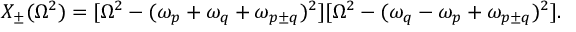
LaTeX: X _ { \pm } ( \Omega ^ { 2 } ) = [ \Omega ^ { 2 } - ( \omega _ { p } + \omega _ { q } + \omega _ { p \pm q } ) ^ { 2 } ] [ \Omega ^ { 2 } - ( \omega _ { q } - \omega _ { p } + \omega _ { p \pm q } ) ^ { 2 } ] .